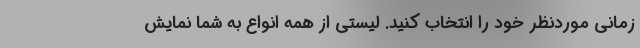
زمانی موردنظر خود را انتخاب کنید. لیستی از همه انواع به شما نمایش